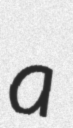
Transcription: a